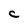
Character: C